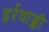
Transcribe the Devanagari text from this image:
इर्रवाड्डी